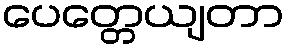
ပေတ္တေယျတာ